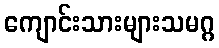
ကျောင်းသားများသမဂ္ဂ